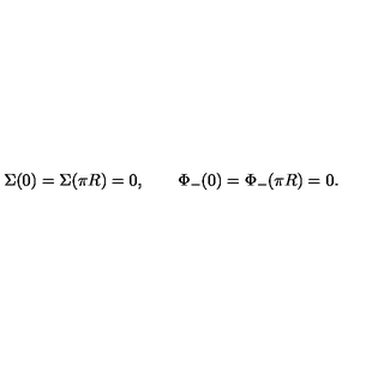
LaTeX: \Sigma ( 0 ) = \Sigma ( \pi R ) = 0 , \qquad \Phi _ { - } ( 0 ) = \Phi _ { - } ( \pi R ) = 0 .